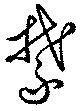
禁